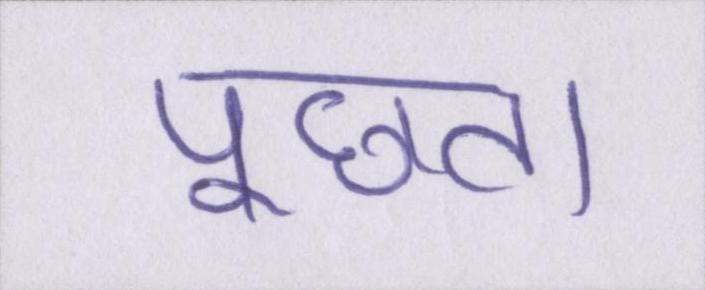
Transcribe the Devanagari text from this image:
पूछता